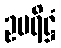
ဥပရိဋ္ဌံ